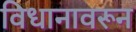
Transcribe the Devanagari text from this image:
विधानावरून